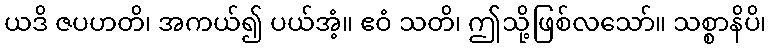
ယဒိ ဇပဟတိ၊ အကယ်၍ ပယ်အံ့။ ဧဝံ သတိ၊ ဤသို့ဖြစ်လသော်။ သစ္စာနိပိ၊